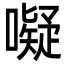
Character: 㘈